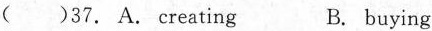
( )37. A. Creating B. buying